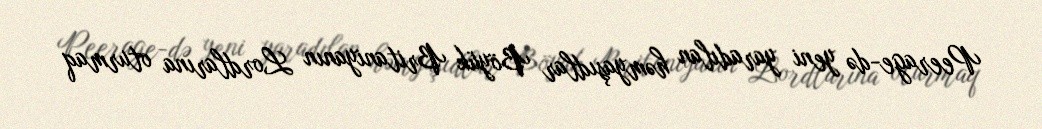
Peerage-də yeni yaradılan həmyaşıdlar Böyük Britaniyanın Lordlarına oturmaq